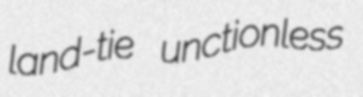
land-tie unctionless